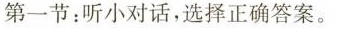
第一节:听小对话,选择正确答案。